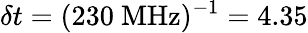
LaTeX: \delta t=(230\ \mathrm{MHz})^{-1}=4.35